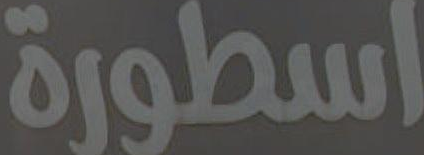
اسطورة